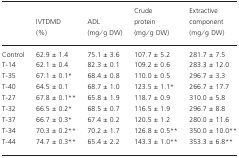
|  | IVTDMD (%) | ADL (mg/g DW) | Crude protein (mg/g DW) | Extractive component (mg/g DW) |
 | --- | --- | --- | --- | --- |
 | Control | 62.9 ± 1.4 | 75.1 ± 3.6 | 107.7 ± 5.2 | 281.7 ± 7.5 |
 | T-14 | 62.1 ± 0.4 | 82.3 ± 0.1 | 109.2 ± 0.6 | 283.3 ± 12.0 |
 | T-35 | 67.1 ± 0.1* | 68.4 ± 0.8 | 110.0 ± 0.5 | 296.7 ± 3.3 |
 | T-40 | 64.5 ± 0.1 | 68.7 ± 1.0 | 123.5 ± 1.1* | 266.7 ± 17.7 |
 | T-27 | 67.8 ± 0.1** | 65.8 ± 1.9 | 118.7 ± 0.9 | 310.0 ± 5.8 |
 | T-32 | 66.5 ± 0.2* | 68.5 ± 0.7 | 116.5 ± 1.9 | 296.7 ± 8.8 |
 | T-37 | 66.7 ± 0.3* | 67.4 ± 0.2 | 120.5 ± 1.2 | 280.0 ± 11.6 |
 | T-34 | 70.3 ± 0.2** | 70.2 ± 1.7 | 126.8 ± 0.5** | 350.0 ± 10.0** |
 | T-44 | 74.7 ± 0.3** | 65.4 ± 2.2 | 143.3 ± 1.0** | 353.3 ± 6.8** |